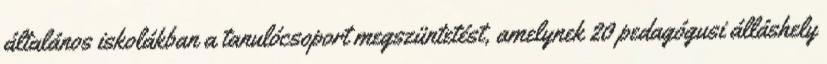
általános iskolákban a tanulócsoport megszüntetést, amelynek 20 pedagógusi álláshely